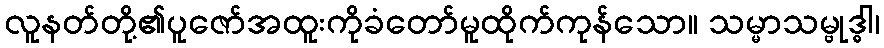
လူနတ်တို့၏ပူဇော်အထူးကိုခံတော်မူထိုက်ကုန်သော။ သမ္မာသမ္ဗုဒ္ဓါ၊